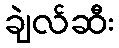
ချဲလ်ဆီး